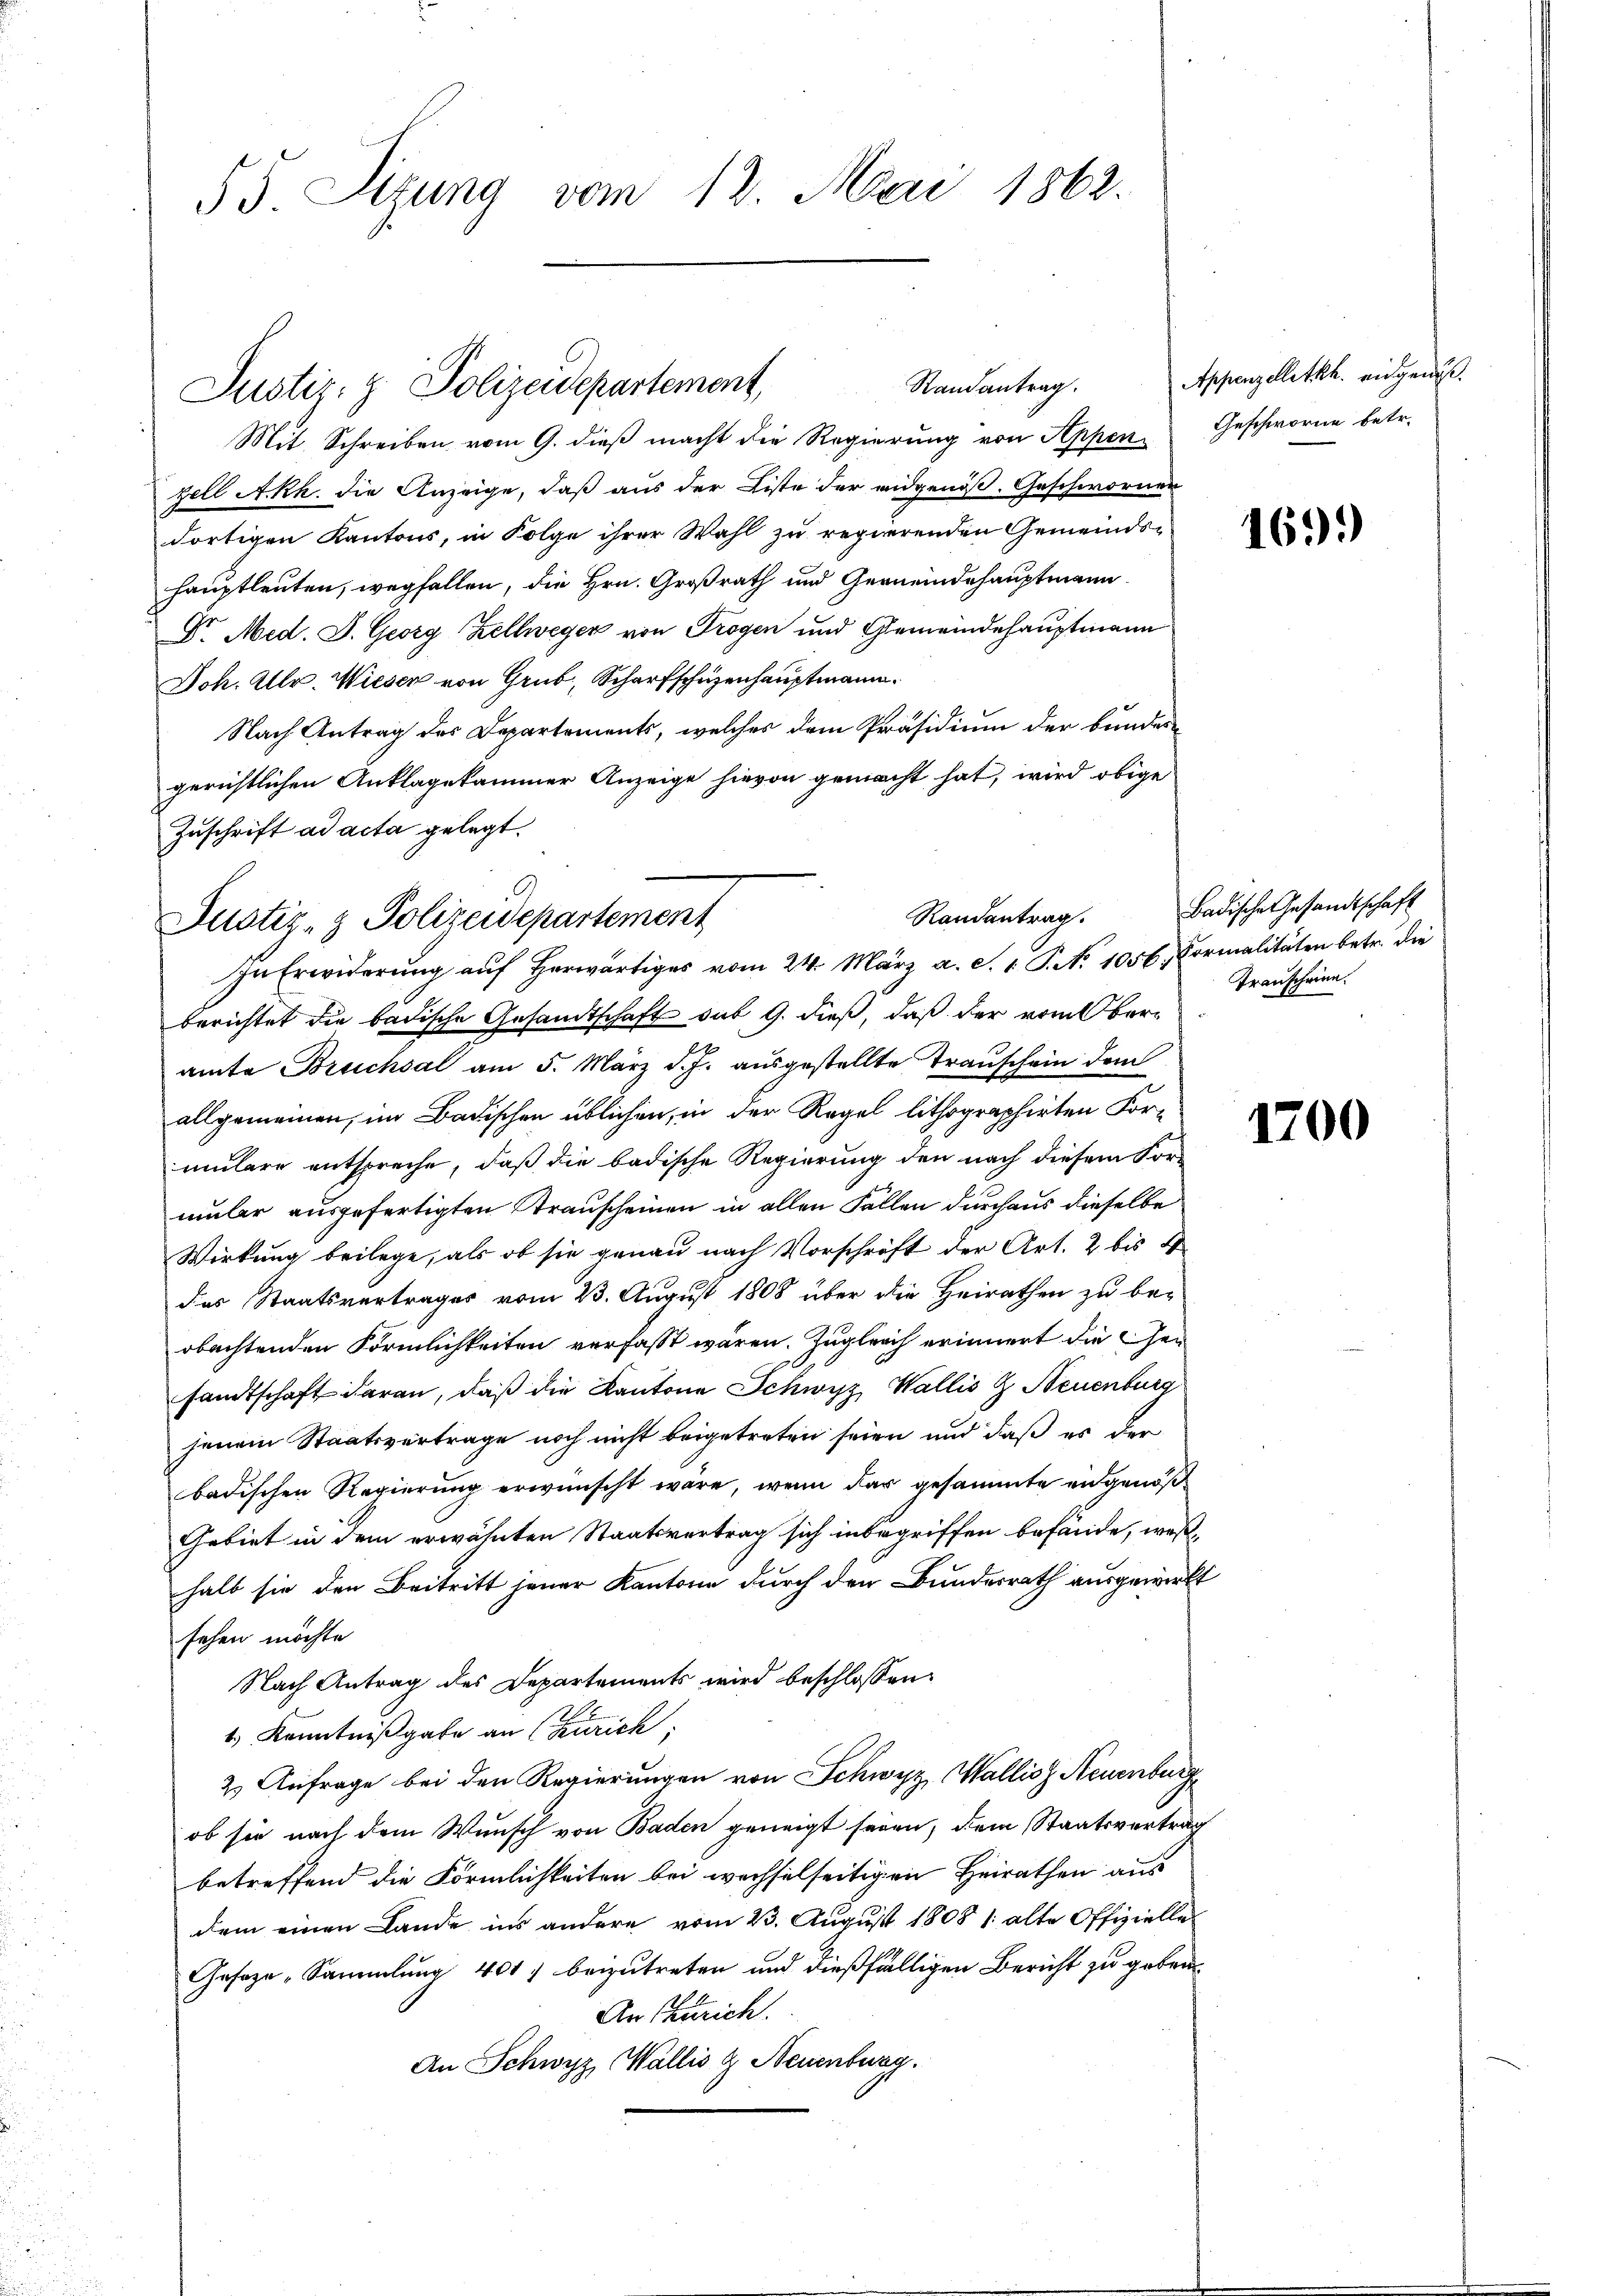
55. Sizung vom 12. Mai 1862.

Randantrag.
Justiz- & Polizeidepartement,

Mit Schreiben vom 9. dieß macht die Regierung von Appen Geschworne betr.
zell A.Rh. die Anzeige, daß aus der Liste der eidgenöß. Geschwornen
dortigen Kantons, in Folge ihrer Wahl zu regierenden Gemeindshauptleuten, wegfallen, die Hrn. Großrath und Gemeindehauptmann
Dr. Med. J. Georg Zellweger von Trogen und Gemeindehauptmann
Joh. Ulr. Wieser von Grub, Scharfschüzenhauptmann.
Nach Antrag des Departements, welches dem Präsidium der bunder
gerichtlichen Anklagekammer Anzeige hievon gemacht hat, wird obige
Zuschrift ad acta gelegt.
berichtet die badische Gesandtschaft sub 9. dieß, daß der vom Oberamte Bruchsal am 5. März d. J. ausgestellte Trauschein dem
allgemeinen, im Badischen üblichen, in der Regel lithographirten Formülere entspreche, daß die badische Regierung den nach diesem Vormler ausgefertigten Stranscheinen in allen Fällen durchaus dieselbe
Wirkung beilege, als ob sie genau nach Vorschrift der Art. 2 bis 4
des Staatsvertrages vom 23. August 1808 über die Heirathen zu be-
obachtenden Förmlichkeiten verfasst wären. Zugleich erinnert die her
sandtschaft daran, daß die Kantone Schwyz, Wallis Z Neuenburg
jenem Staatsvertrage noch nicht beigetreten seien und daß es der
badischen Regierung erwünscht wäre, wenn dar gesammte eidgenöß
Gebiet in dem erwähnten Staatsvertrag sich inbegriffen befände, weßhalb sie den Beitritt jener Kantone durch den Bundesrath ausgewirkt
sehen möchte
Nach Antrag des Departements wird beschlossen:
1) Kenntnißgabe an (Zürich;
2 Anfrage bei den Regierungen von Schwyz, Wallis, Neuenburg
ob sie nach dem Wunsch von Baden geneigt seien, dem Staatsvertrag
betreffend die Förmlichkeiten bei wechselseitigen Heirathen aus
dem einen Lande ins andere vom 23. August 1808 1 alte Offizielle
Gasaze „Sammlung 401 beizutreten und dießfälligen Bericht zu geben
An Zürich.
An Schwyz, Wallis & Neuenburg.

Randantrag.
Justiz- & Polizeidepartement
In Erwiderŭng aŭf herwärtiges vom 24. März a. c. 1 P. Nr. 1056. Formalitäten betr. die

Appenzelletkh. eidgenuß.

1699)

Badische Gesandtschaft
Transcheine.

1700